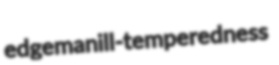
edgeman ill-temperedness